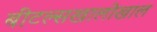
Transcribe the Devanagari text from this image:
बीटल्सखालोखाल